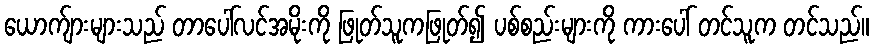
ယောက်ျားများသည် တာပေါ်လင်အမိုးကို ဖြုတ်သူကဖြုတ်၍ ပစ်စည်းများကို ကားပေါ် တင်သူက တင်သည်။